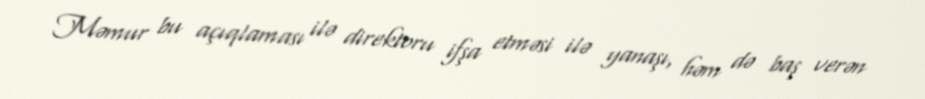
Məmur bu açıqlaması ilə direktoru ifşa etməsi ilə yanaşı, həm də baş verən